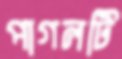
পাগলটি